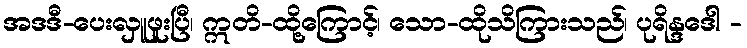
အဒဒီ-ပေးလှူဖူးပြီ၊ ဣတိ-ထို့ကြောင့်၊ သော-ထိုသိကြားသည်၊ ပုရိန္ဒဒေါ -